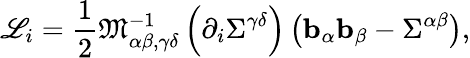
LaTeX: \mathscr{L}_{i}=\frac{1}{2}\mathfrak{M}_{\alpha\beta,\gamma\delta}^{-1}\left(\partial_{i}\Sigma^{\gamma\delta}\right)\left(\mathbf{b}_{\alpha}\mathbf{b}_{\beta}-\Sigma^{\alpha\beta}\right),